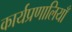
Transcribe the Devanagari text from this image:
कार्यप्रणालियाँ